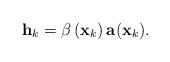
LaTeX: \begin{align*}\textbf{h}_k = \beta\left(\textbf{x}_k\right) \textbf{a}(\textbf{x}_k).\end{align*}